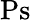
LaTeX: \mathrm{Ps}